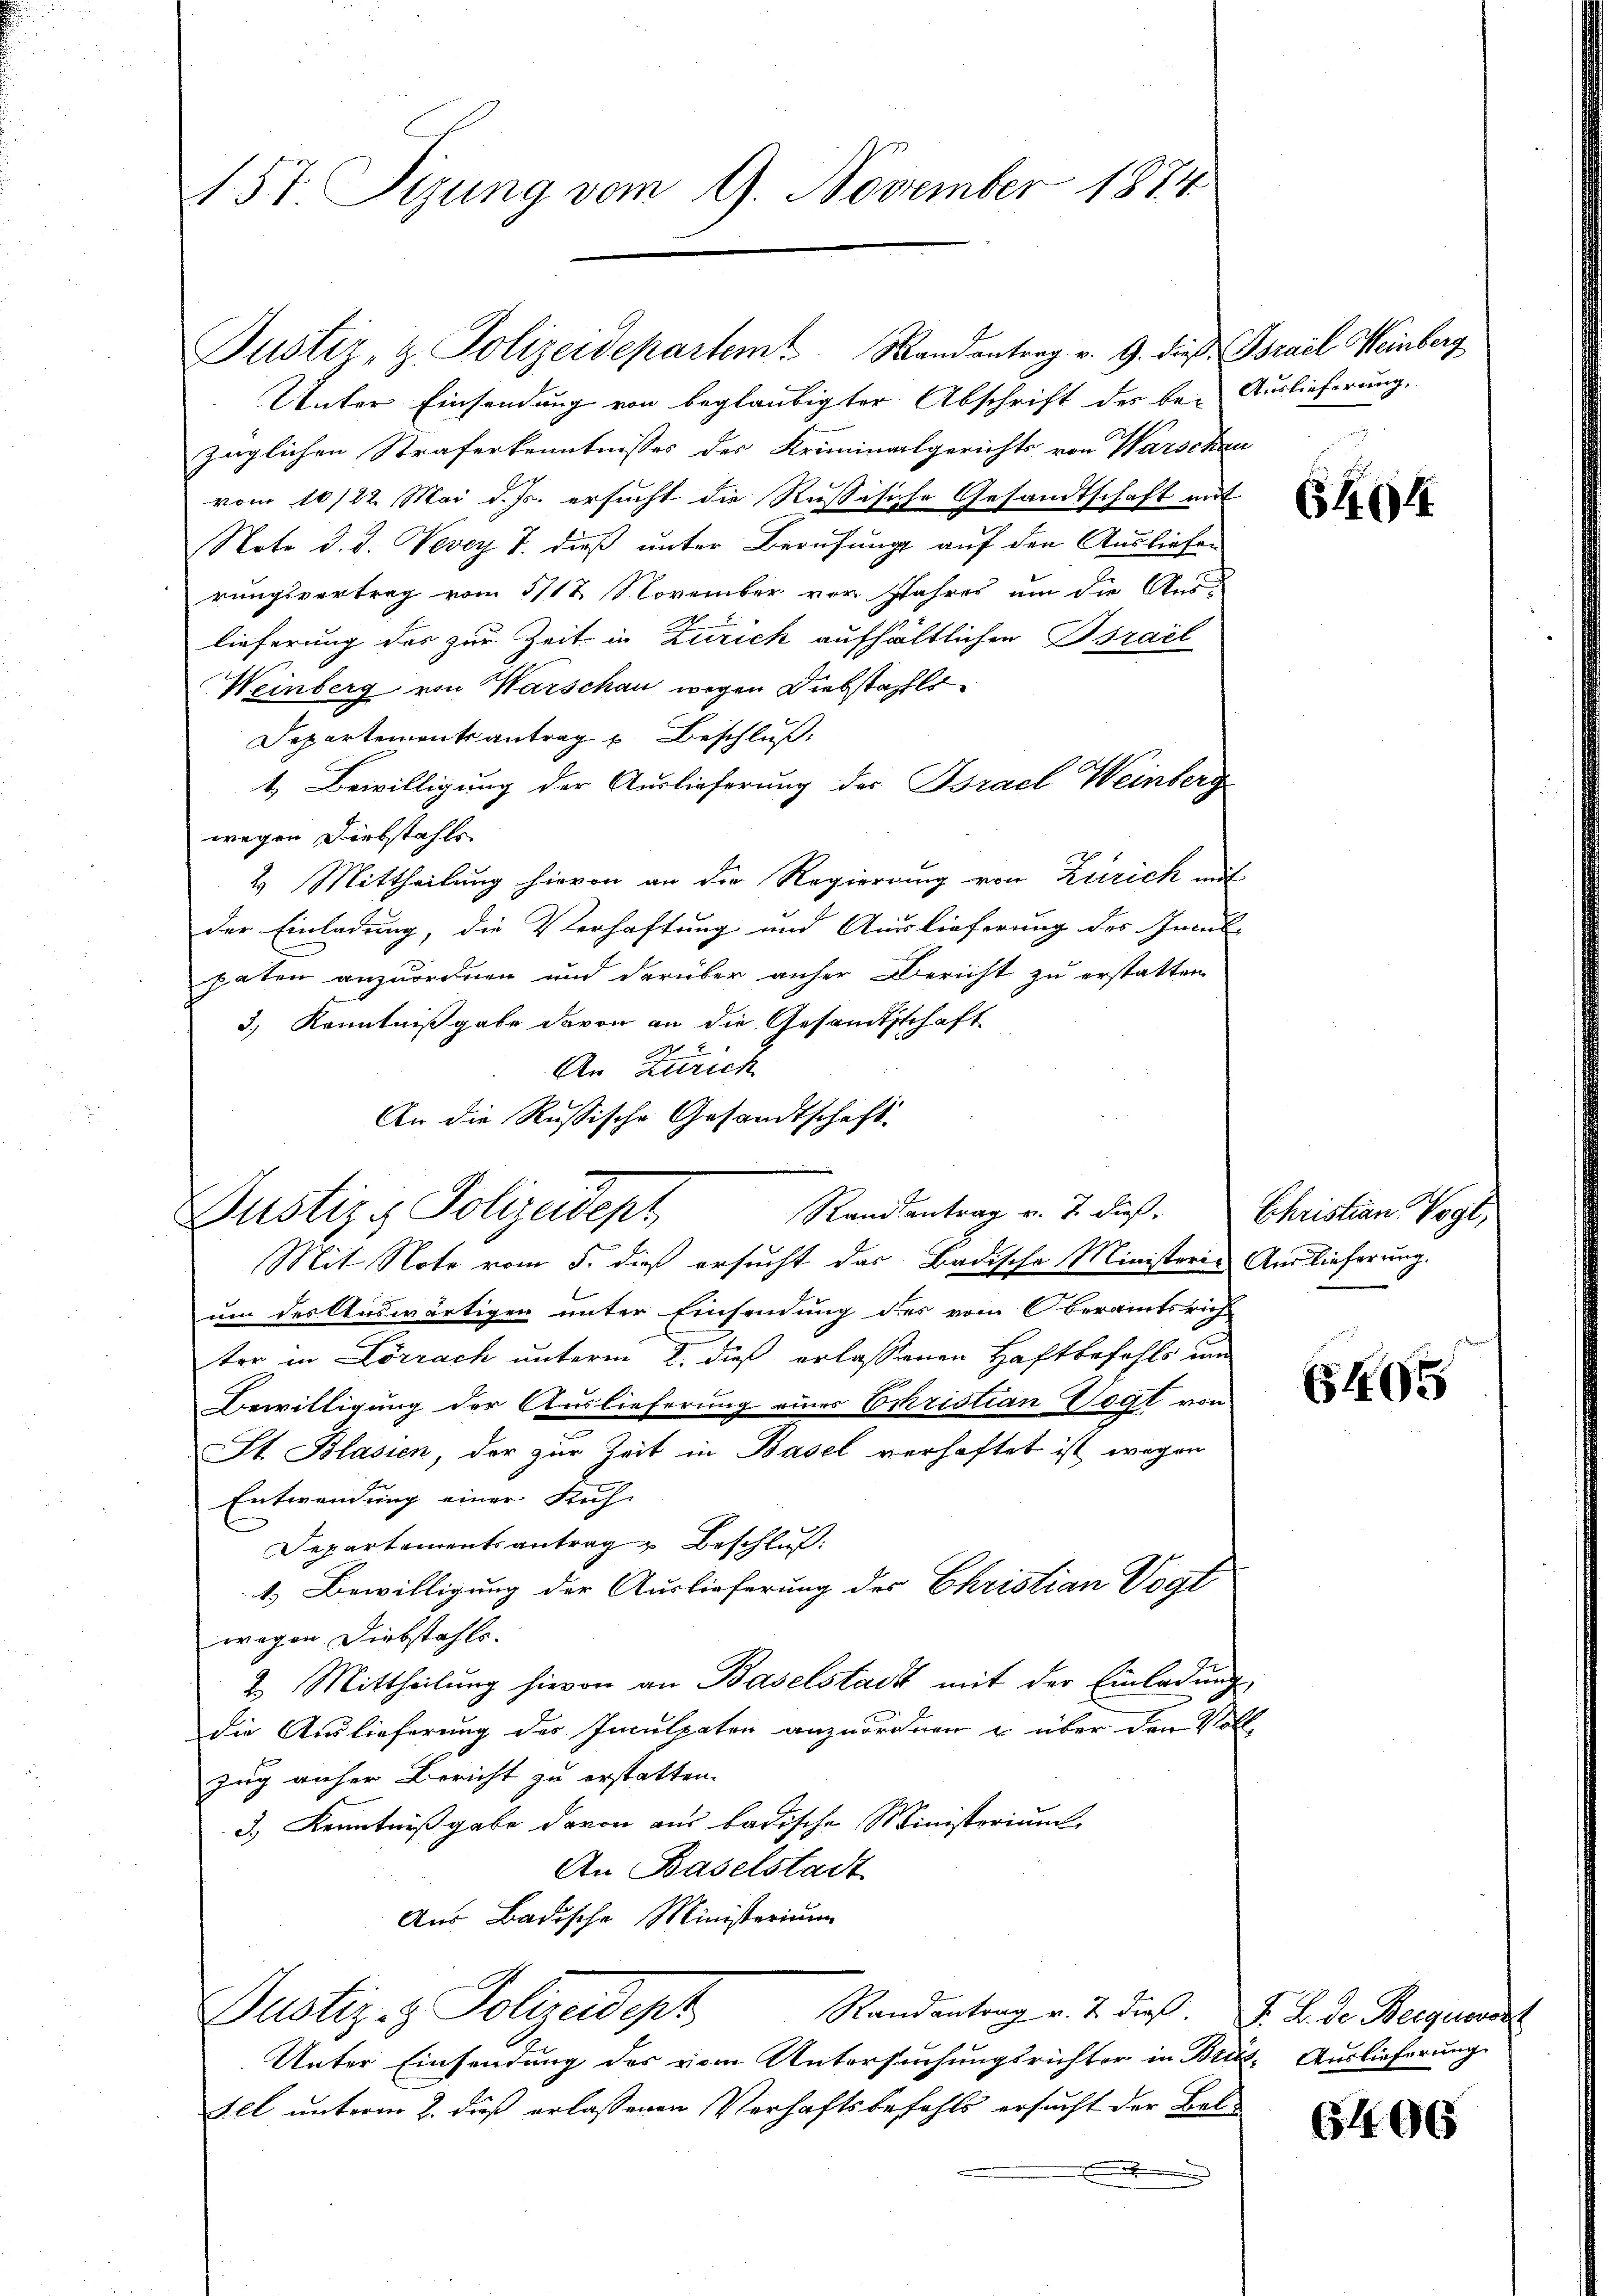
157 Sizung vom 9. November 1874

Justiz- & Polizeidepartem Mandantrag v. 9. dieß Gsrael Weinberg
Unter Einsendung von beglaubigter Abschrift des bei Auslieferung,
züglichen Straferkenntnisses des Kriminalgerichts von Warschau
vom 10/22. Mai d. Js. ersucht die Russische Gesandtschaft mit
Note d. d. Vevey T. dieß unter Berufung auf den Ausliefen
rungsvertrag vom 5/18. November vor. Jahres um die Auslieferung des zur Zeit in Zürich aufhältlichen Bsrael
Weinberg von Warschau wegen Diebstahls
Departementsantrag u. Beschluß:
1. Bewilligung der Auslieferung der Bsrael Weinberg
wegen Diebstahls
2. Mittheilung hievon an die Regierung von Zürich mit
der Einladung, die Verhaftung und Auslieferung des Incul-
paten anzuordnen und darüber anher Bericht zu erstatten
3.) Kenntnißgabe davon an die Gesandtschaft
x
An Zürich
An die Russische Gesandtschaft
Mit Note vom 5. dieß ersucht das Badische Ministerie Auslieferung.
um des Auswärtigen unter Einsendung des vom Oberamtsrich
ter in Lörrach unterm 2. dieß erlassenen Haftbefehls und
Bewilligung der Auslieferung eines Eckristian Vogt von
St. Blasien, der zur Zeit in Basel verhaftet ist wegen
Entwendung einer Rich-
Departementsantrag Beschluß:
1.) Bewilligung der Auslieferung der Ehristian Vogt
wegen Diebstahls.
2. Mittheilung hievon an Baselstadt mit der Einladung
die Auslieferung des Inculpaten anzuordnen u. über den Voll-
zug aufer Bericht zu erstatten.
3.) Kenntnißgabe davon aus badische Ministerium
An Baselstadt
Aus Badische Ministerium
Justiz- & Polizeidigt
Randantrag v. 2. dieß. F. B. de Berguerst
Unter Einsendung des vom Untersuchungsrichter in Brüs- Auslieferung
sel unterm 2. daß erlassenen Verhaftsbefahls ersucht der Bel¬
E

Justiz & Polizeidept

Randsantrag v. 7 dieß,

644.

Christian Vogt,

5 405

6406